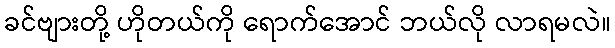
ခင်ဗျားတို့ ဟိုတယ်ကို ရောက်အောင် ဘယ်လို လာရမလဲ။